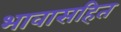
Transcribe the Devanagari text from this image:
भावासहित